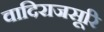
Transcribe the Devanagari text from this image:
वादिराजसूरि